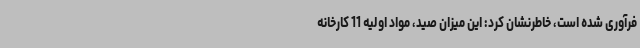
فرآوری شده است، خاطرنشان کرد: این میزان صید، مواد اولیه 11 کارخانه